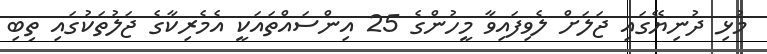
މުޅި ދުނިޔޭގައި ޖަލަށް ލެވިފައިވާ މީހުންގެ 25 އިންސައްތައަކީ އެމެރިކާގެ ޖަލުތަކުގައި ތިބި